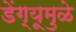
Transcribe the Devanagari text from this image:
डेंग्यूमुळे